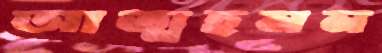
আত্মহনন